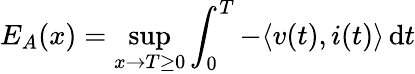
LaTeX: E_{A}(x)=\operatorname*{sup}_{x\to T\geq 0}\int_{0}^{T}-\langle v(t),i(t)\rangle\, {\mathord{\operatorname{d}}}t